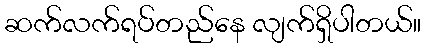
ဆက်လက်ရပ်တည်နေ လျက်ရှိပါတယ်။